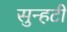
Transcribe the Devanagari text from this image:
सुन्हटी